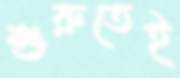
শুরুতেই